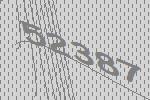
52387